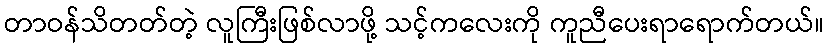
တာဝန်သိတတ်တဲ့ လူကြီးဖြစ်လာဖို့ သင့်ကလေးကို ကူညီပေးရာရောက်တယ်။